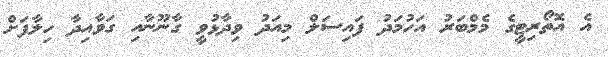
އެ އޮތޯރިޓީގެ މެމްބަރު އަހުމަދު ފައިސަލް މިއަދު ވިދާޅުވީ ގާނޫނާއި ގަވާއިދާ ހިލާފަށް